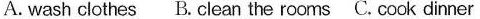
A. wash clothes B.Clean the rooms C. Cook dinner